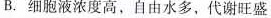
B.细胞液浓度高，自由水多，代谢旺盛